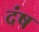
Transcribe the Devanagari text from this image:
दंष